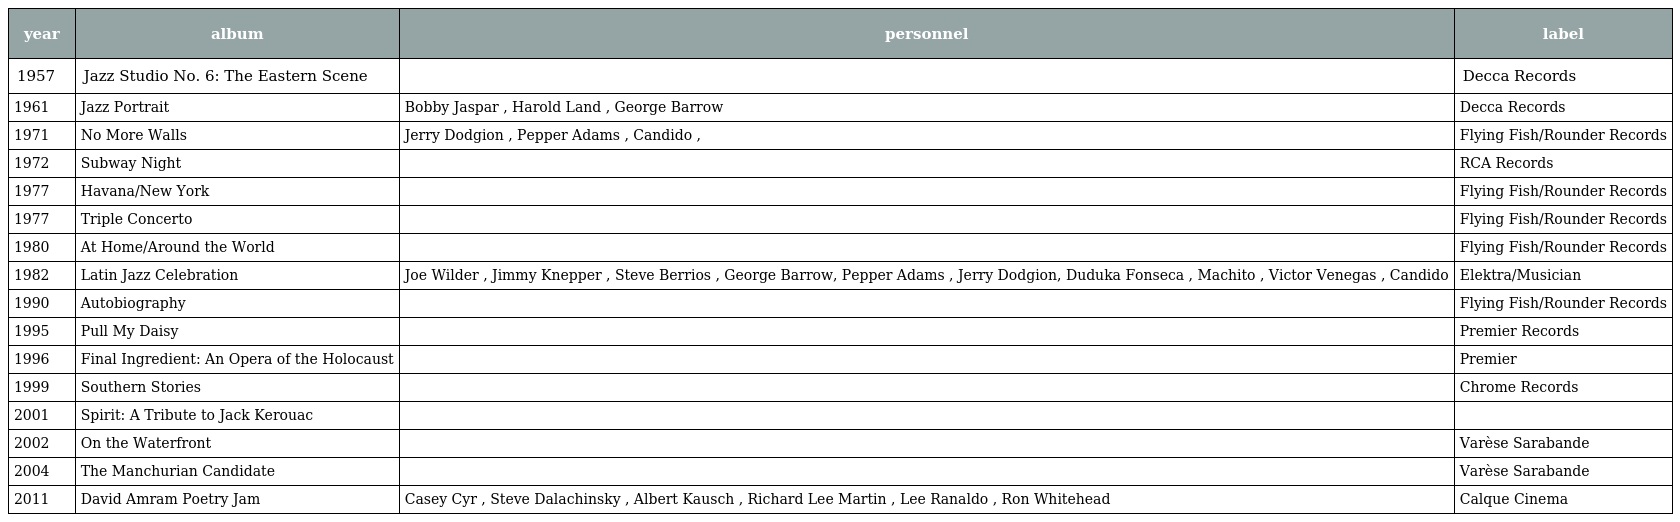
| year | album | personnel | label |
 | --- | --- | --- | --- |
 | 1957 | Jazz Studio No. 6: The Eastern Scene |  | Decca Records |
 | 1961 | Jazz Portrait | Bobby Jaspar , Harold Land , George Barrow | Decca Records |
 | 1971 | No More Walls | Jerry Dodgion , Pepper Adams , Candido , | Flying Fish/Rounder Records |
 | 1972 | Subway Night |  | RCA Records |
 | 1977 | Havana/New York |  | Flying Fish/Rounder Records |
 | 1977 | Triple Concerto |  | Flying Fish/Rounder Records |
 | 1980 | At Home/Around the World |  | Flying Fish/Rounder Records |
 | 1982 | Latin Jazz Celebration | Joe Wilder , Jimmy Knepper , Steve Berrios , George Barrow, Pepper Adams , Jerry Dodgion, Duduka Fonseca , Machito , Victor Venegas , Candido | Elektra/Musician |
 | 1990 | Autobiography |  | Flying Fish/Rounder Records |
 | 1995 | Pull My Daisy |  | Premier Records |
 | 1996 | Final Ingredient: An Opera of the Holocaust |  | Premier |
 | 1999 | Southern Stories |  | Chrome Records |
 | 2001 | Spirit: A Tribute to Jack Kerouac |  |  |
 | 2002 | On the Waterfront |  | Varèse Sarabande |
 | 2004 | The Manchurian Candidate |  | Varèse Sarabande |
 | 2011 | David Amram Poetry Jam | Casey Cyr , Steve Dalachinsky , Albert Kausch , Richard Lee Martin , Lee Ranaldo , Ron Whitehead | Calque Cinema |